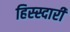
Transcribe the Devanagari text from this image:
हिस्स्दारी